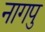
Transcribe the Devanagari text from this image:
नागपु